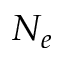
N _ { e }